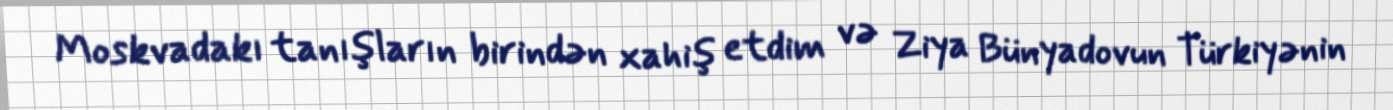
Moskvadakı tanışların birindən xahiş etdim və Ziya Bünyadovun Türkiyənin